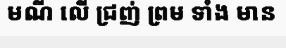
មណី លើ ជ្រញ់ ព្រម ទាំង មាន